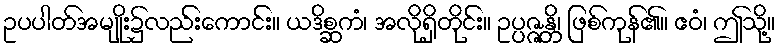
ဥပပါတ်အမျိုး၌လည်းကောင်း။ ယဒိစ္ဆကံ၊ အလိုရှိတိုင်း။ ဥပ္ပဇ္ဇန္တိ၊ ဖြစ်ကုန်၏။ ဧဝံ၊ ဤသို့။